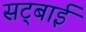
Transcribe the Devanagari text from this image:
सट्बाई